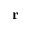
{ \bf r }